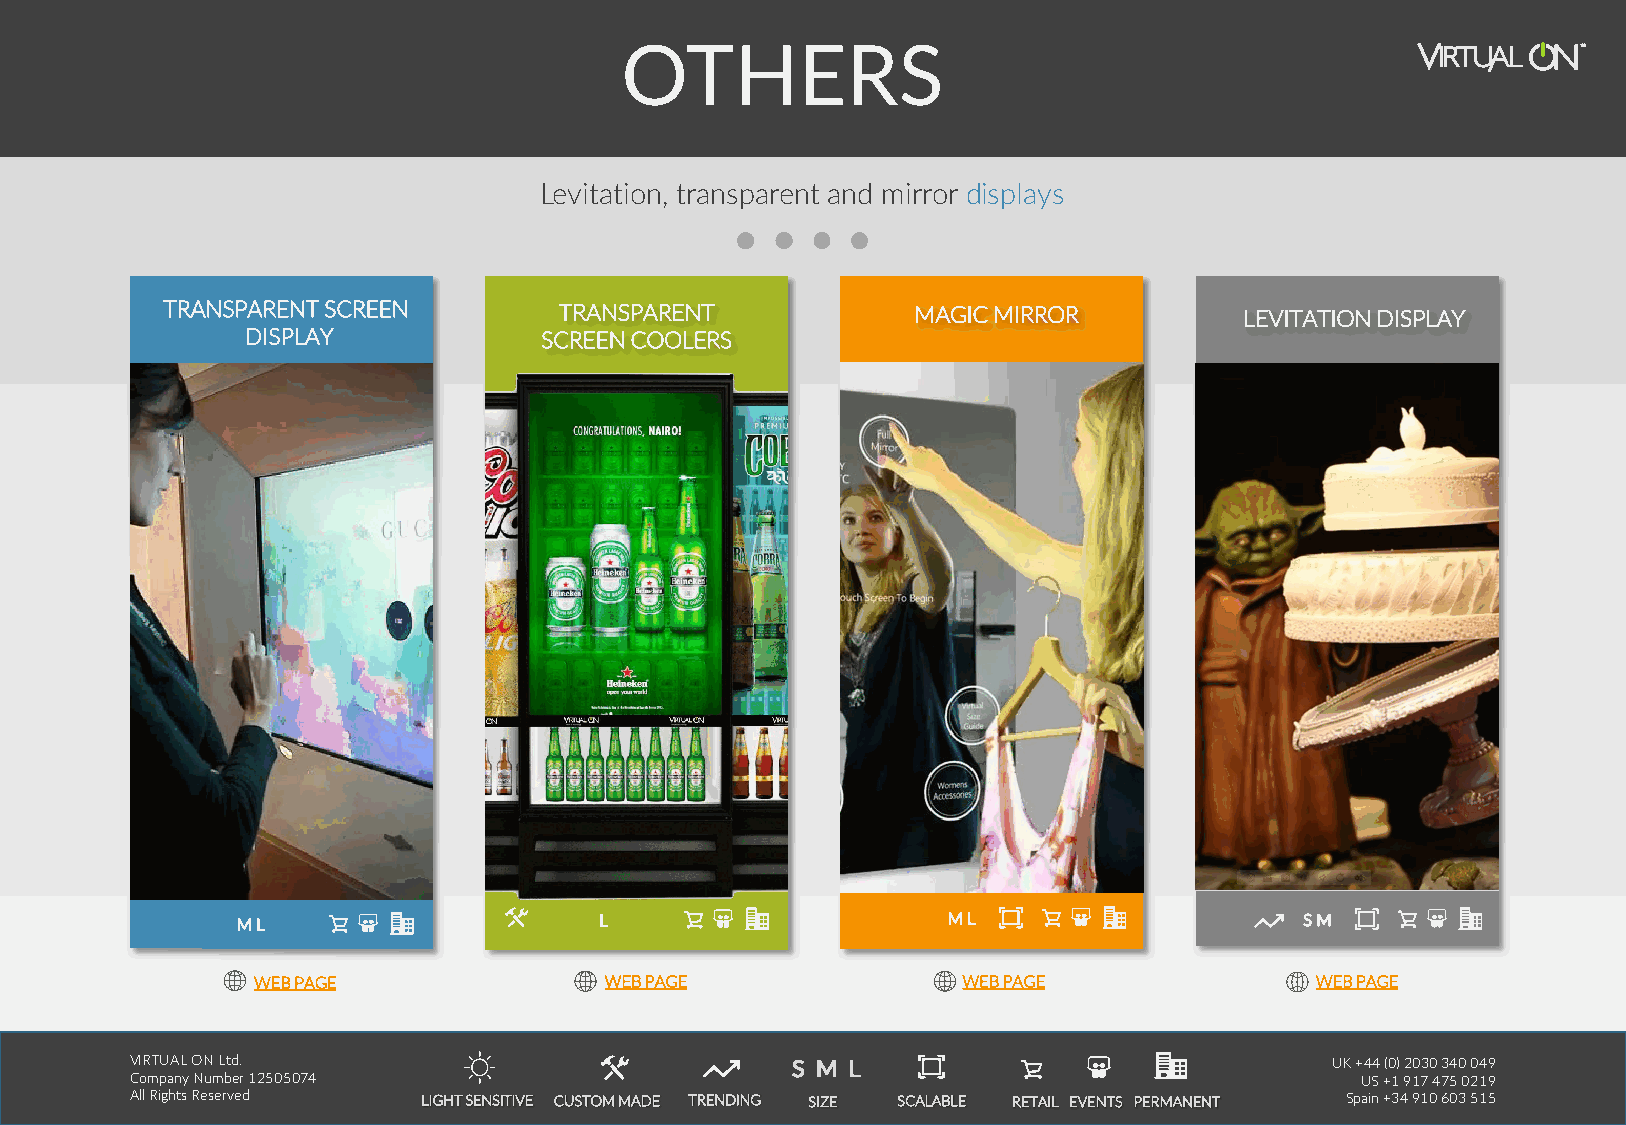
OTHERS
 Levitation, transparent and mirror displays
 TRANSPARENT SCREEN        TRANSPARENT            MAGIC MIRROR          LEVITATION DISPLAY
 DISPLAY             SCREEN COOLERS
 M L                     L                      M L                    S M
 WEB PAGE               WEB PAGE                WEB PAGE               WEB PAGE
 VIRTUAL ON Ltd.                            SS MM LL                            UK +44 (0) 2030 340 049
 Company Number 12505074                                                          US +1 917 475 0219
 All Rights Reserved LIGHT SENSITIVE CUSTOM MADE TRENDING SIZE SCALABLE RETAIL EVENTS PERMANENT Spain +34 910 603 515